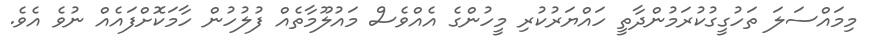
މިމައްސަލަ ތަހުގީގުކުރަމުންދާތީ ހައްޔަރުކުރި މީހުންގެ އެއްވެސް މައުލޫމާތެއް ފުލުހުން ހާމަކޮށްފައެއް ނުވެ އެވެ.